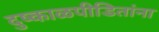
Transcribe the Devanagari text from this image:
दुष्काळपीडितांना